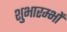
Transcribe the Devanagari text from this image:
शुभारम्भों